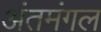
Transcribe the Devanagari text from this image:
अंतमंगल